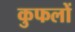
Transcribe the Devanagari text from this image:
कुफलों